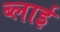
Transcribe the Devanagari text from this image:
ब्लाई